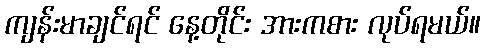
ကျန်းမာချင်ရင် နေ့တိုင်း အားကစား လုပ်ရမယ်။